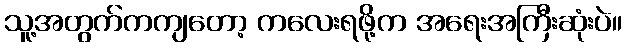
သူ့အတွက်ကကျတော့ ကလေးရဖို့က အရေးအကြီးဆုံးပဲ။